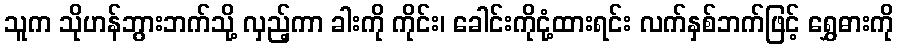
သူက သိုဟန်ဘွားဘက်သို့ လှည့်ကာ ခါးကို ကိုင်း၊ ခေါင်းကိုငုံ့ထားရင်း လက်နှစ်ဘက်ဖြင့် ရွှေဓားကို